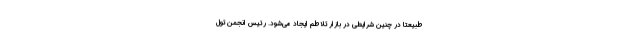
طبیعتا در چنین شرایطی در بازار تلاطم ایجاد می‌شود. رئیس انجمن تول